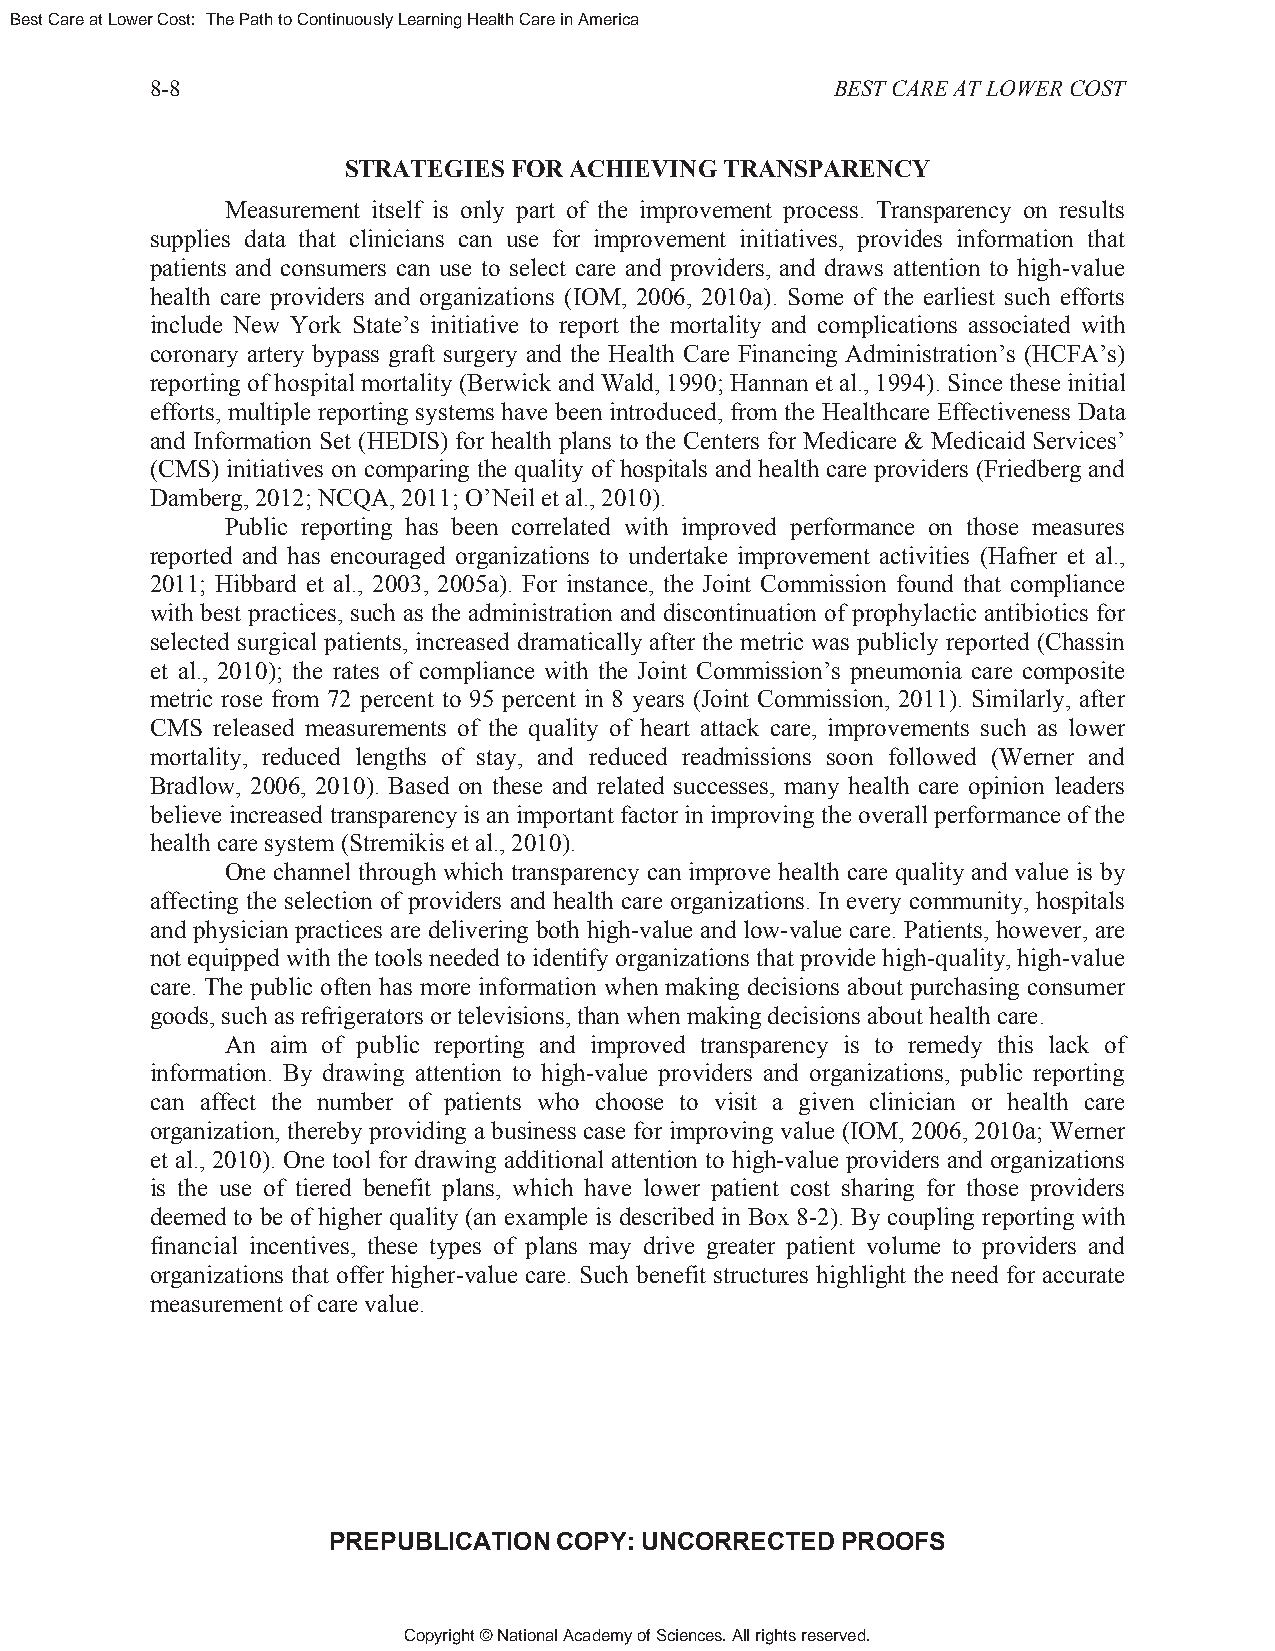
Best Care at Lower Cost: The Path to Continuously Learning Health Care in America
 8-8                                          BEST CARE AT LOWER COST
 STRATEGIES FOR ACHIEVING TRANSPARENCY
 Measurement itself is only part of the improvement process. Transparency on results
 supplies data that clinicians can use for improvement initiatives, provides information that
 patients and consumers can use to select care and providers, and draws attention to high-value
 health care providers and organizations (IOM, 2006, 2010a). Some of the earliest such efforts
 include New York State’s initiative to report the mortality and complications associated with
 coronary artery bypass graft surgery and the Health Care Financing Administration’s (HCFA’s)
 reporting of hospital mortality (Berwick and Wald, 1990; Hannan et al., 1994). Since these initial
 efforts, multiple reporting systems have been introduced, from the Healthcare Effectiveness Data
 and Information Set (HEDIS) for health plans to the Centers for Medicare & Medicaid Services’
 (CMS) initiatives on comparing the quality of hospitals and health care providers (Friedberg and
 Damberg, 2012; NCQA, 2011; O’Neil et al., 2010).
 Public reporting has been correlated with improved performance on those measures
 reported and has encouraged organizations to undertake improvement activities (Hafner et al.,
 2011; Hibbard et al., 2003, 2005a). For instance, the Joint Commission found that compliance
 with best practices, such as the administration and discontinuation of prophylactic antibiotics for
 selected surgical patients, increased dramatically after the metric was publicly reported (Chassin
 et al., 2010); the rates of compliance with the Joint Commission’s pneumonia care composite
 metric rose from 72 percent to 95 percent in 8 years (Joint Commission, 2011). Similarly, after
 CMS released measurements of the quality of heart attack care, improvements such as lower
 mortality, reduced lengths of stay, and reduced readmissions soon followed (Werner and
 Bradlow, 2006, 2010). Based on these and related successes, many health care opinion leaders
 believe increased transparency is an important factor in improving the overall performance of the
 health care system (Stremikis et al., 2010).
 One channel through which transparency can improve health care quality and value is by
 affecting the selection of providers and health care organizations. In every community, hospitals
 and physician practices are delivering both high-value and low-value care. Patients, however, are
 not equipped with the tools needed to identify organizations that provide high-quality, high-value
 care. The public often has more information when making decisions about purchasing consumer
 goods, such as refrigerators or televisions, than when making decisions about health care.
 An aim of public reporting and improved transparency is to remedy this lack of
 information. By drawing attention to high-value providers and organizations, public reporting
 can affect the number of patients who choose to visit a given clinician or health care
 organization, thereby providing a business case for improving value (IOM, 2006, 2010a; Werner
 et al., 2010). One tool for drawing additional attention to high-value providers and organizations
 is the use of tiered benefit plans, which have lower patient cost sharing for those providers
 deemed to be of higher quality (an example is described in Box 8-2). By coupling reporting with
 financial incentives, these types of plans may drive greater patient volume to providers and
 organizations that offer higher-value care. Such benefit structures highlight the need for accurate
 measurement of care value.
 PREPUBLICATION COPY: UNCORRECTED  PROOFS
 Copyright © National Academy of Sciences. All rights reserved.